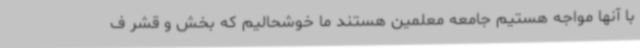
با آنها مواجه هستیم جامعه معلمین هستند ما خوشحالیم که بخش و قشر ف